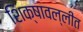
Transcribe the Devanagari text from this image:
शिक्षावल्लीत